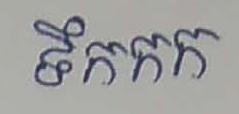
ទឹកកក